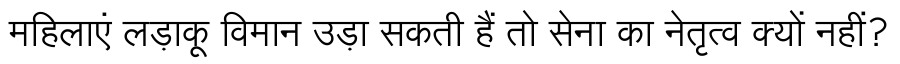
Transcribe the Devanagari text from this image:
महिलाएं लड़ाकू विमान उड़ा सकती हैं तो सेना का नेतृत्व क्यों नहीं?